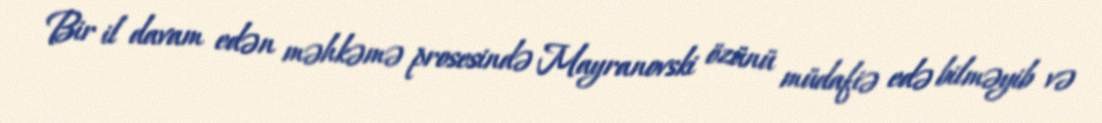
Bir il davam edən məhkəmə prosesində Mayranovski özünü müdafiə edə bilməyib və